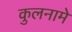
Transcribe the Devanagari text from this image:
कुलनामे